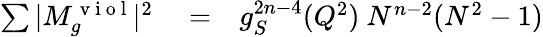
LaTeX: \begin{array}{rlr}{\sum\vert M_{g}^{\mathrm{~v~i~o~l~}}\vert^{2}}&{{}=}&{g_{S}^{2n-4}(Q^{2})~N^{n-2}(N^{2}-1)}\end{array}